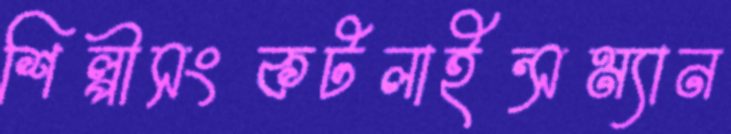
শিল্পীসংকটলাইন্সম্যান